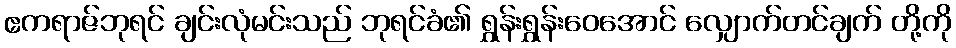
ဧကရာဇ်ဘုရင် ချင်းလုံမင်းသည် ဘုရင်ခံ၏ ရွှန်းရွှန်းဝေအောင် လျှောက်တင်ချက် တို့ကို